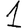
Digit: 1